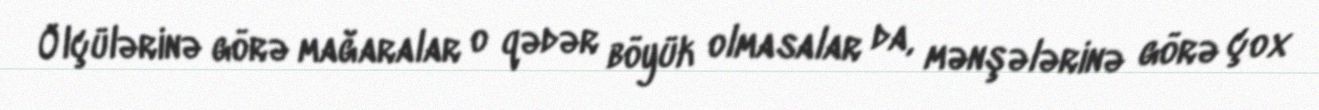
Ölçülərinə görə mağaralar o qədər böyük olmasalar da, mənşələrinə görə çox